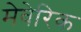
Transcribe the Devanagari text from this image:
मेवेरिक